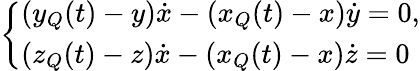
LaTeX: \left\{ \begin{array}{l}{(y_{Q}(t)-y){\dot{x}}-(x_{Q}(t)-x){\dot{y}}=0,}\\ {(z_{Q}(t)-z){\dot{x}}-(x_{Q}(t)-x){\dot{z}}=0}\end{array}\right.